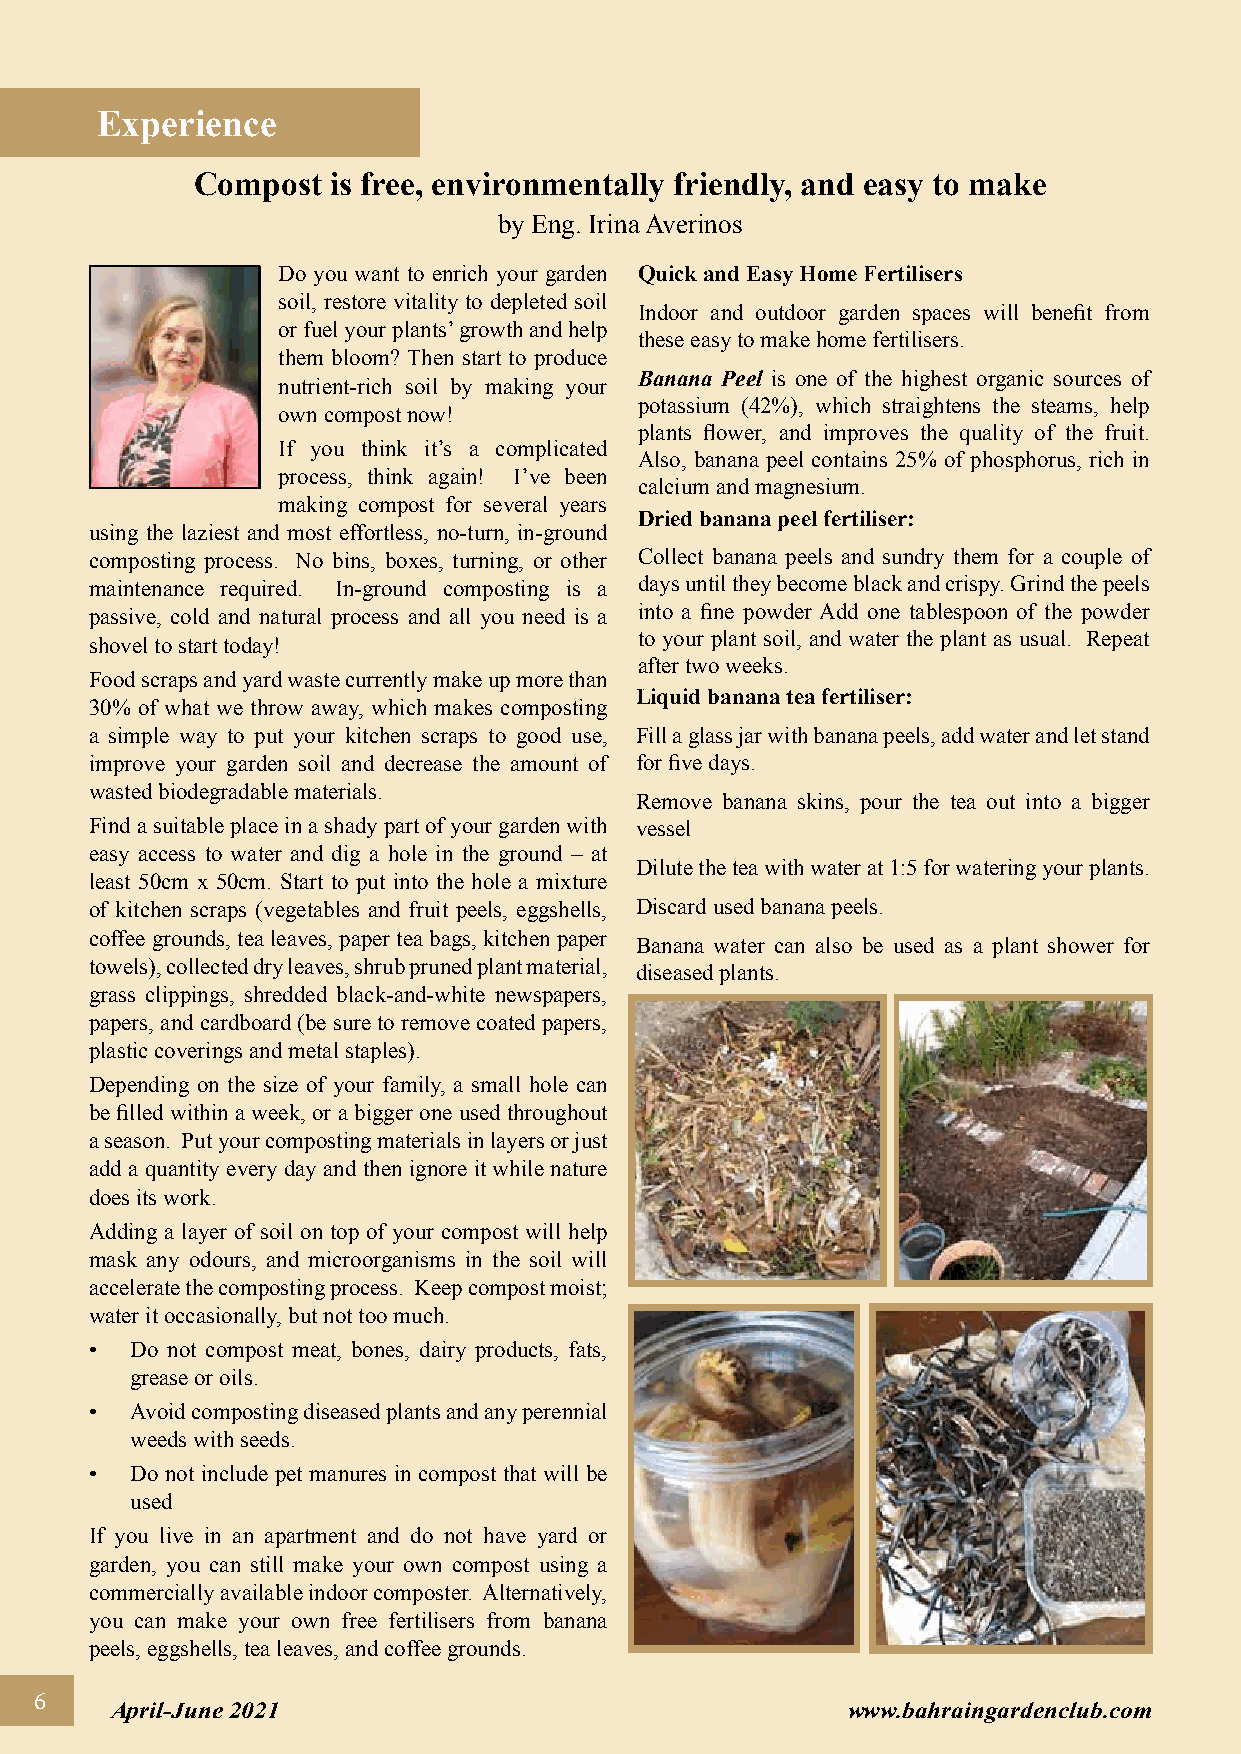
Experience
 Compost  is free, environmentally friendly, and easy to make
 by Eng. Irina Averinos
 Do you want to enrich your garden Quick and Easy Home Fertilisers
 soil, restore vitality to depleted soil
 Indoor and outdoor garden spaces will benefit from
 or fuel your plants’ growth and help
 these easy to make home fertilisers.
 them bloom? Then start to produce
 Banana Peel is one of the highest organic sources of
 nutrient-rich soil by making your
 potassium (42%), which straightens the steams, help
 own compost now!
 plants flower, and improves the quality of the fruit.
 If you think it’s a complicated
 Also, banana peel contains 25% of phosphorus, rich in
 process, think again! I’ve been
 calcium and magnesium.
 making compost for several years
 Dried banana peel fertiliser:
 using the laziest and most effortless, no-turn, in-ground
 composting process. No bins, boxes, turning, or other Collect banana peels and sundry them for a couple of
 maintenance required. In-ground composting is a days until they become black and crispy. Grind the peels
 passive, cold and natural process and all you need is a into a fine powder Add one tablespoon of the powder
 to your plant soil, and water the plant as usual. Repeat
 shovel to start today!
 after two weeks.
 Food scraps and yard waste currently make up more than
 Liquid banana tea fertiliser:
 30% of what we throw away, which makes composting
 a simple way to put your kitchen scraps to good use, Fill a glass jar with banana peels, add water and let stand
 improve your garden soil and decrease the amount of for five days.
 wasted biodegradable materials.
 Remove banana skins, pour the tea out into a bigger
 Find a suitable place in a shady part of your garden with vessel
 easy access to water and dig a hole in the ground – at
 Dilute the tea with water at 1:5 for watering your plants.
 least 50cm x 50cm. Start to put into the hole a mixture
 of kitchen scraps (vegetables and fruit peels, eggshells, Discard used banana peels.
 coffee grounds, tea leaves, paper tea bags, kitchen paper
 Banana water can also be used as a plant shower for
 towels), collected dry leaves, shrub pruned plant material,
 diseased plants.
 grass clippings, shredded black-and-white newspapers,
 papers, and cardboard (be sure to remove coated papers,
 plastic coverings and metal staples).
 Depending on the size of your family, a small hole can
 be filled within a week, or a bigger one used throughout
 a season. Put your composting materials in layers or just
 add a quantity every day and then ignore it while nature
 does its work.
 Adding a layer of soil on top of your compost will help
 mask any odours, and microorganisms in the soil will
 accelerate the composting process. Keep compost moist;
 water it occasionally, but not too much.
 •  Do not compost meat, bones, dairy products, fats,
 grease or oils.
 •  Avoid composting diseased plants and any perennial
 weeds with seeds.
 •  Do not include pet manures in compost that will be
 used
 If you live in an apartment and do not have yard or
 garden, you can still make your own compost using a
 commercially available indoor composter. Alternatively,
 you can make your own free fertilisers from banana
 peels, eggshells, tea leaves, and coffee grounds.
 6
 April-June 2021                                  www.bahraingardenclub.com